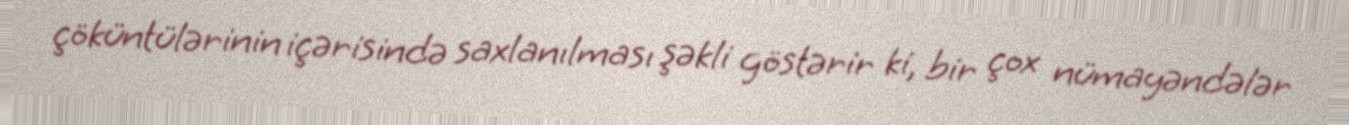
çöküntülərinin içərisində saxlanılması şəkli göstərir ki, bir çox nümayəndələr